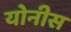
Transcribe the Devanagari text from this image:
योनीस